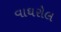
વાઘરોલ